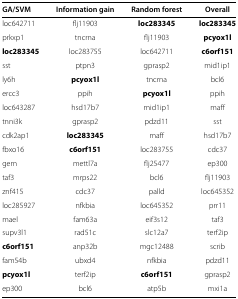
| GA/SVM | Information gain | Random forest | Overall |
 | --- | --- | --- | --- |
 | loc642711 | flj11903 | loc283345 | loc283345 |
 | prkxp1 | tncrna | flj11903 | pcyox1l |
 | loc283345 | loc283755 | loc642711 | c6orf151 |
 | sst | ptpn3 | gprasp2 | mid1ip1 |
 | ly6h | pcyox1l | tncrna | bcl6 |
 | ercc3 | ppih | pcyox1l | ppih |
 | loc643287 | hsd17b7 | mid1ip1 | maff |
 | tnni3k | gprasp2 | pdzd11 | sst |
 | cdk2ap1 | loc283345 | maff | hsd17b7 |
 | fbxo16 | c6orf151 | loc283755 | cdc37 |
 | gem | mettl7a | flj25477 | ep300 |
 | taf3 | mrps22 | bcl6 | flj11903 |
 | znf415 | cdc37 | palld | loc645352 |
 | loc285927 | nfkbia | loc645352 | prr11 |
 | mael | fam63a | eif3s12 | taf3 |
 | supv3l1 | rad51c | slc12a7 | terf2ip |
 | c6orf151 | anp32b | mgc12488 | scrib |
 | fam54b | ubxd4 | nfkbia | pdzd11 |
 | pcyox1l | terf2ip | c6orf151 | gprasp2 |
 | ep300 | bcl6 | atp5b | mxi1a |